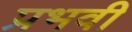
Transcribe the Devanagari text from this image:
प्रभवी